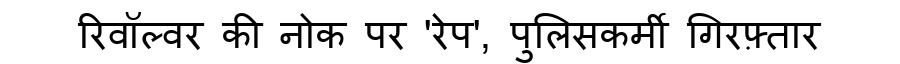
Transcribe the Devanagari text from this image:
रिवॉल्वर की नोक पर 'रेप', पुलिसकर्मी गिरफ़्तार